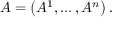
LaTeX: A = \left( A ^ { 1 } , \dots , A ^ { n } \right) .